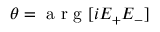
\theta = \mathrm { ~ a ~ r ~ g ~ } [ i E _ { + } E _ { - } ]